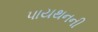
પાયથનની